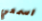
اسمعي